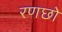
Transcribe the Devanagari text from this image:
रणछो